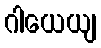
ဂါယေယျ